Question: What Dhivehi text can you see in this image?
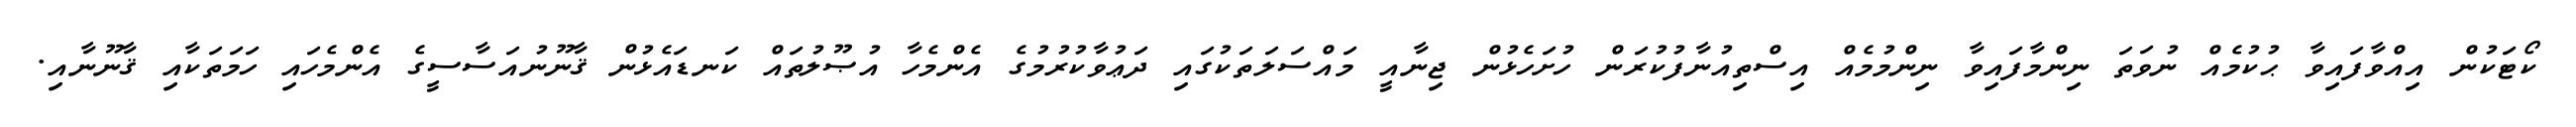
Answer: ކޯޓަކުން އިއްވާފައިވާ ޙުކުމެއް ނުވަތަ ނިންމާފައިވާ ނިންމުމެއް އިސްތިއުނާފުކުރަން ހުށަހެޅުން ޖިނާއީ މައްސަލަތަކުގައި ދަޢުވާކުރުމުގެ އެންމެހާ އުޞޫލުތައް ކަނޑައެޅުން ޤާނޫނުއަސާސީގެ އެންމެހައި ހަމަތަކާއި ޤާނޫނާއި.